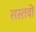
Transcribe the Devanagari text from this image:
सस्तवों